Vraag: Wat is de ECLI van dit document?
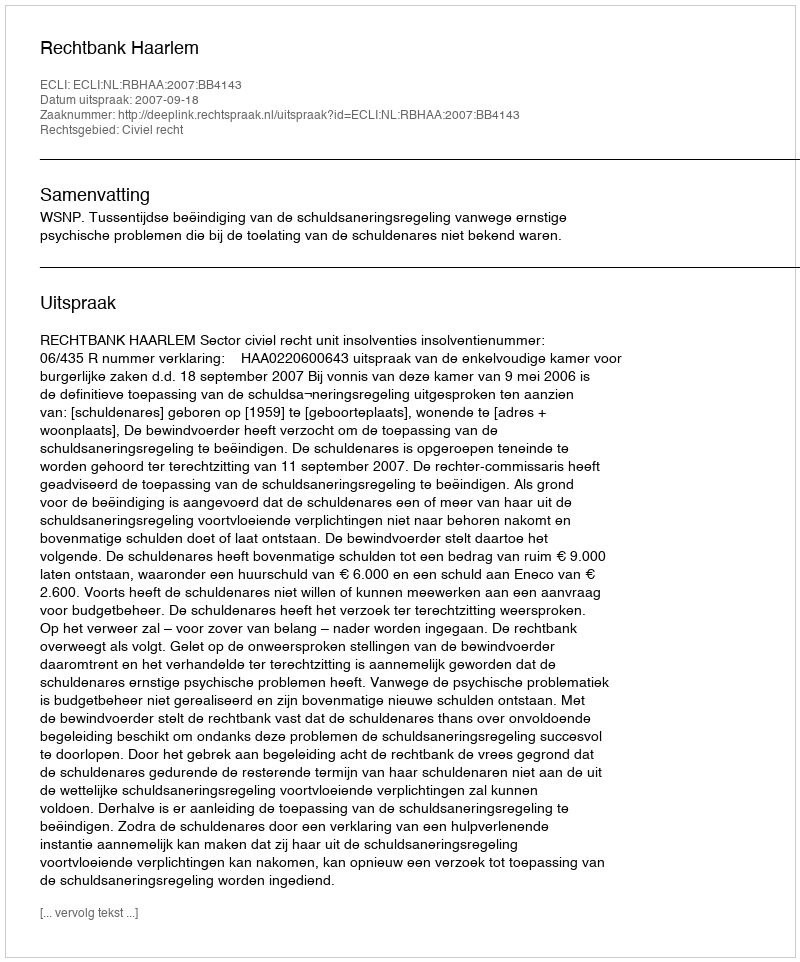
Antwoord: ECLI:NL:RBHAA:2007:BB4143